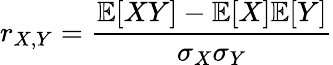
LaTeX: r_{X,Y}=\frac{\mathbb{E}[XY]-\mathbb{E}[X]\mathbb{E}[Y]}{\sigma_{X}\sigma_{Y}}